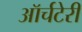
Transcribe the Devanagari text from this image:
ऑर्चटेरी